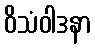
ဝိသံဝါဒနာ